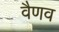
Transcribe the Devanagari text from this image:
वैणव